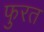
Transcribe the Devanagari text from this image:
फुरत